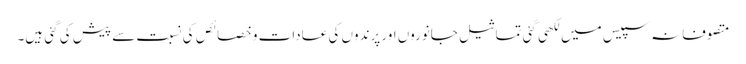
متصوفانہ سپیس میں لکھی گئی تماثیل جانوروں اور پرندوں کی عادات و خصائص کی نسبت سے پیش کی گئی ہیں۔